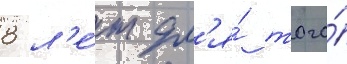
8 л'е́т дл'я́ того́